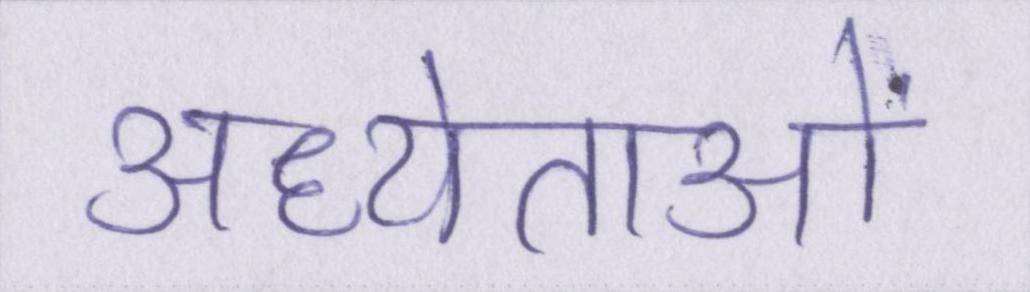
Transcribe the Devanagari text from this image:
अध्येताओं